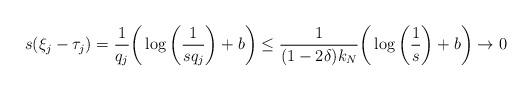
LaTeX: \begin{align*}s(\xi_j - \tau_j) = \frac{1}{q_j} \bigg( \log \bigg( \frac{1}{s q_j} \bigg) + b \bigg) \leq \frac{1}{(1 - 2 \delta) k_N} \bigg( \log \bigg( \frac{1}{s} \bigg) + b \bigg) \rightarrow 0\end{align*}